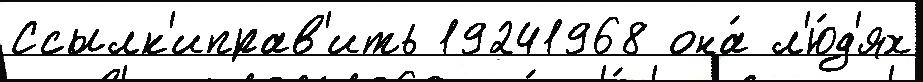
Ссылк'иправ'ить 19241968 она́ л'ю́д'ях